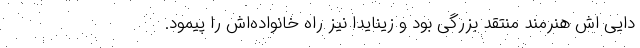
دایی اش هنرمند منتقد بزرگی بود و زینایدا نیز راه خانواده‌اش را پیمود.